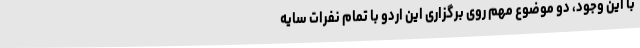
با این وجود، دو موضوع مهم روی برگزاری این اردو با تمام نفرات سایه